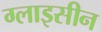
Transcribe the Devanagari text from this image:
ग्लाइसीन